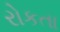
રોકતા